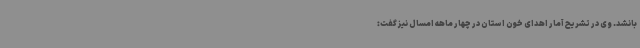
بانشد. وی در تشریح آمار اهدای خون استان در چهار ماهه امسال نیز گفت: